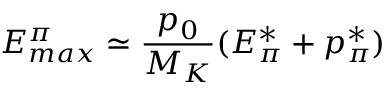
E _ { m a x } ^ { \pi } \simeq \frac { p _ { 0 } } { M _ { K } } ( E _ { \pi } ^ { * } + p _ { \pi } ^ { * } )